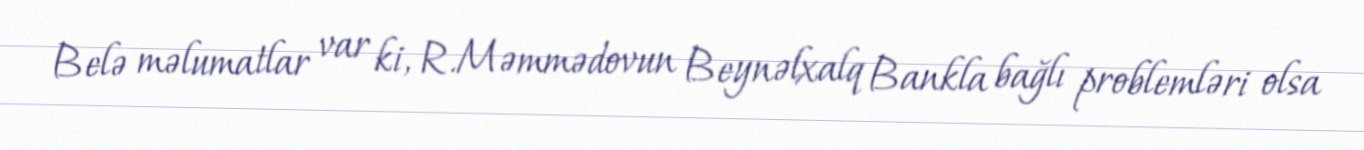
Belə məlumatlar var ki, R.Məmmədovun Beynəlxalq Bankla bağlı problemləri olsa